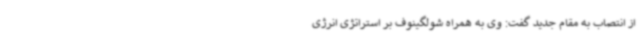
از انتصاب به مقام جدید گفت: وی به همراه شولگینوف بر استراتژی انرژی